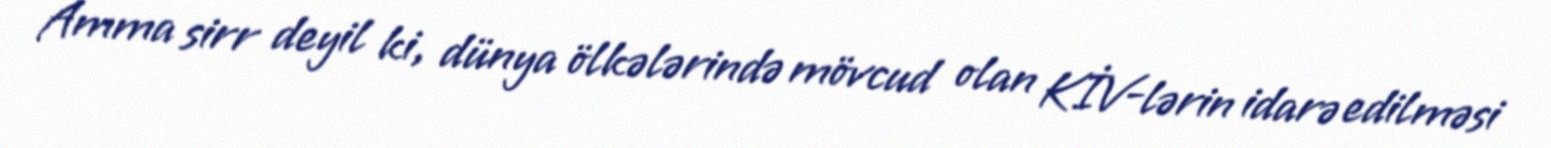
Amma sirr deyil ki, dünya ölkələrində mövcud olan KİV-lərin idarə edilməsi